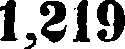
1,219